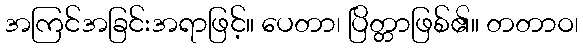
အကြင်အခြင်းအရာဖြင့်။ ပေတာ၊ ပြိတ္တာဖြစ်၏။ တတာဝ၊